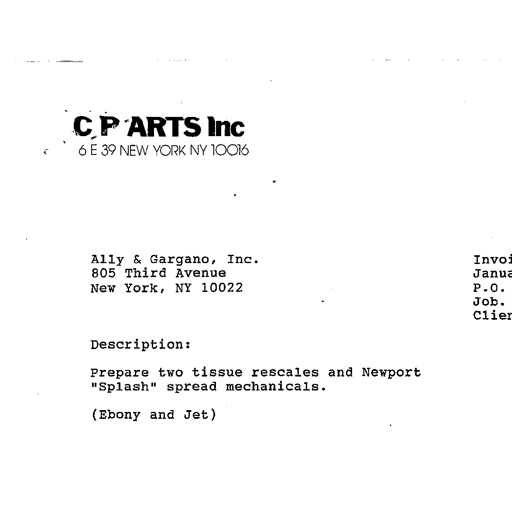
C P ARTS Inc
6 E 39 NEW YORK NY 10016

Ally & Gargano, Inc.
805 Third Avenue
New York, NY 10022

Invoi
Janua
P.O.
Job.
Clier

Description:

Prepare two tissue rescales and Newport
"Splash" spread mechanicals.

(Ebony and Jet)